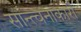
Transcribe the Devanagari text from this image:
सान्त्वनाकारी